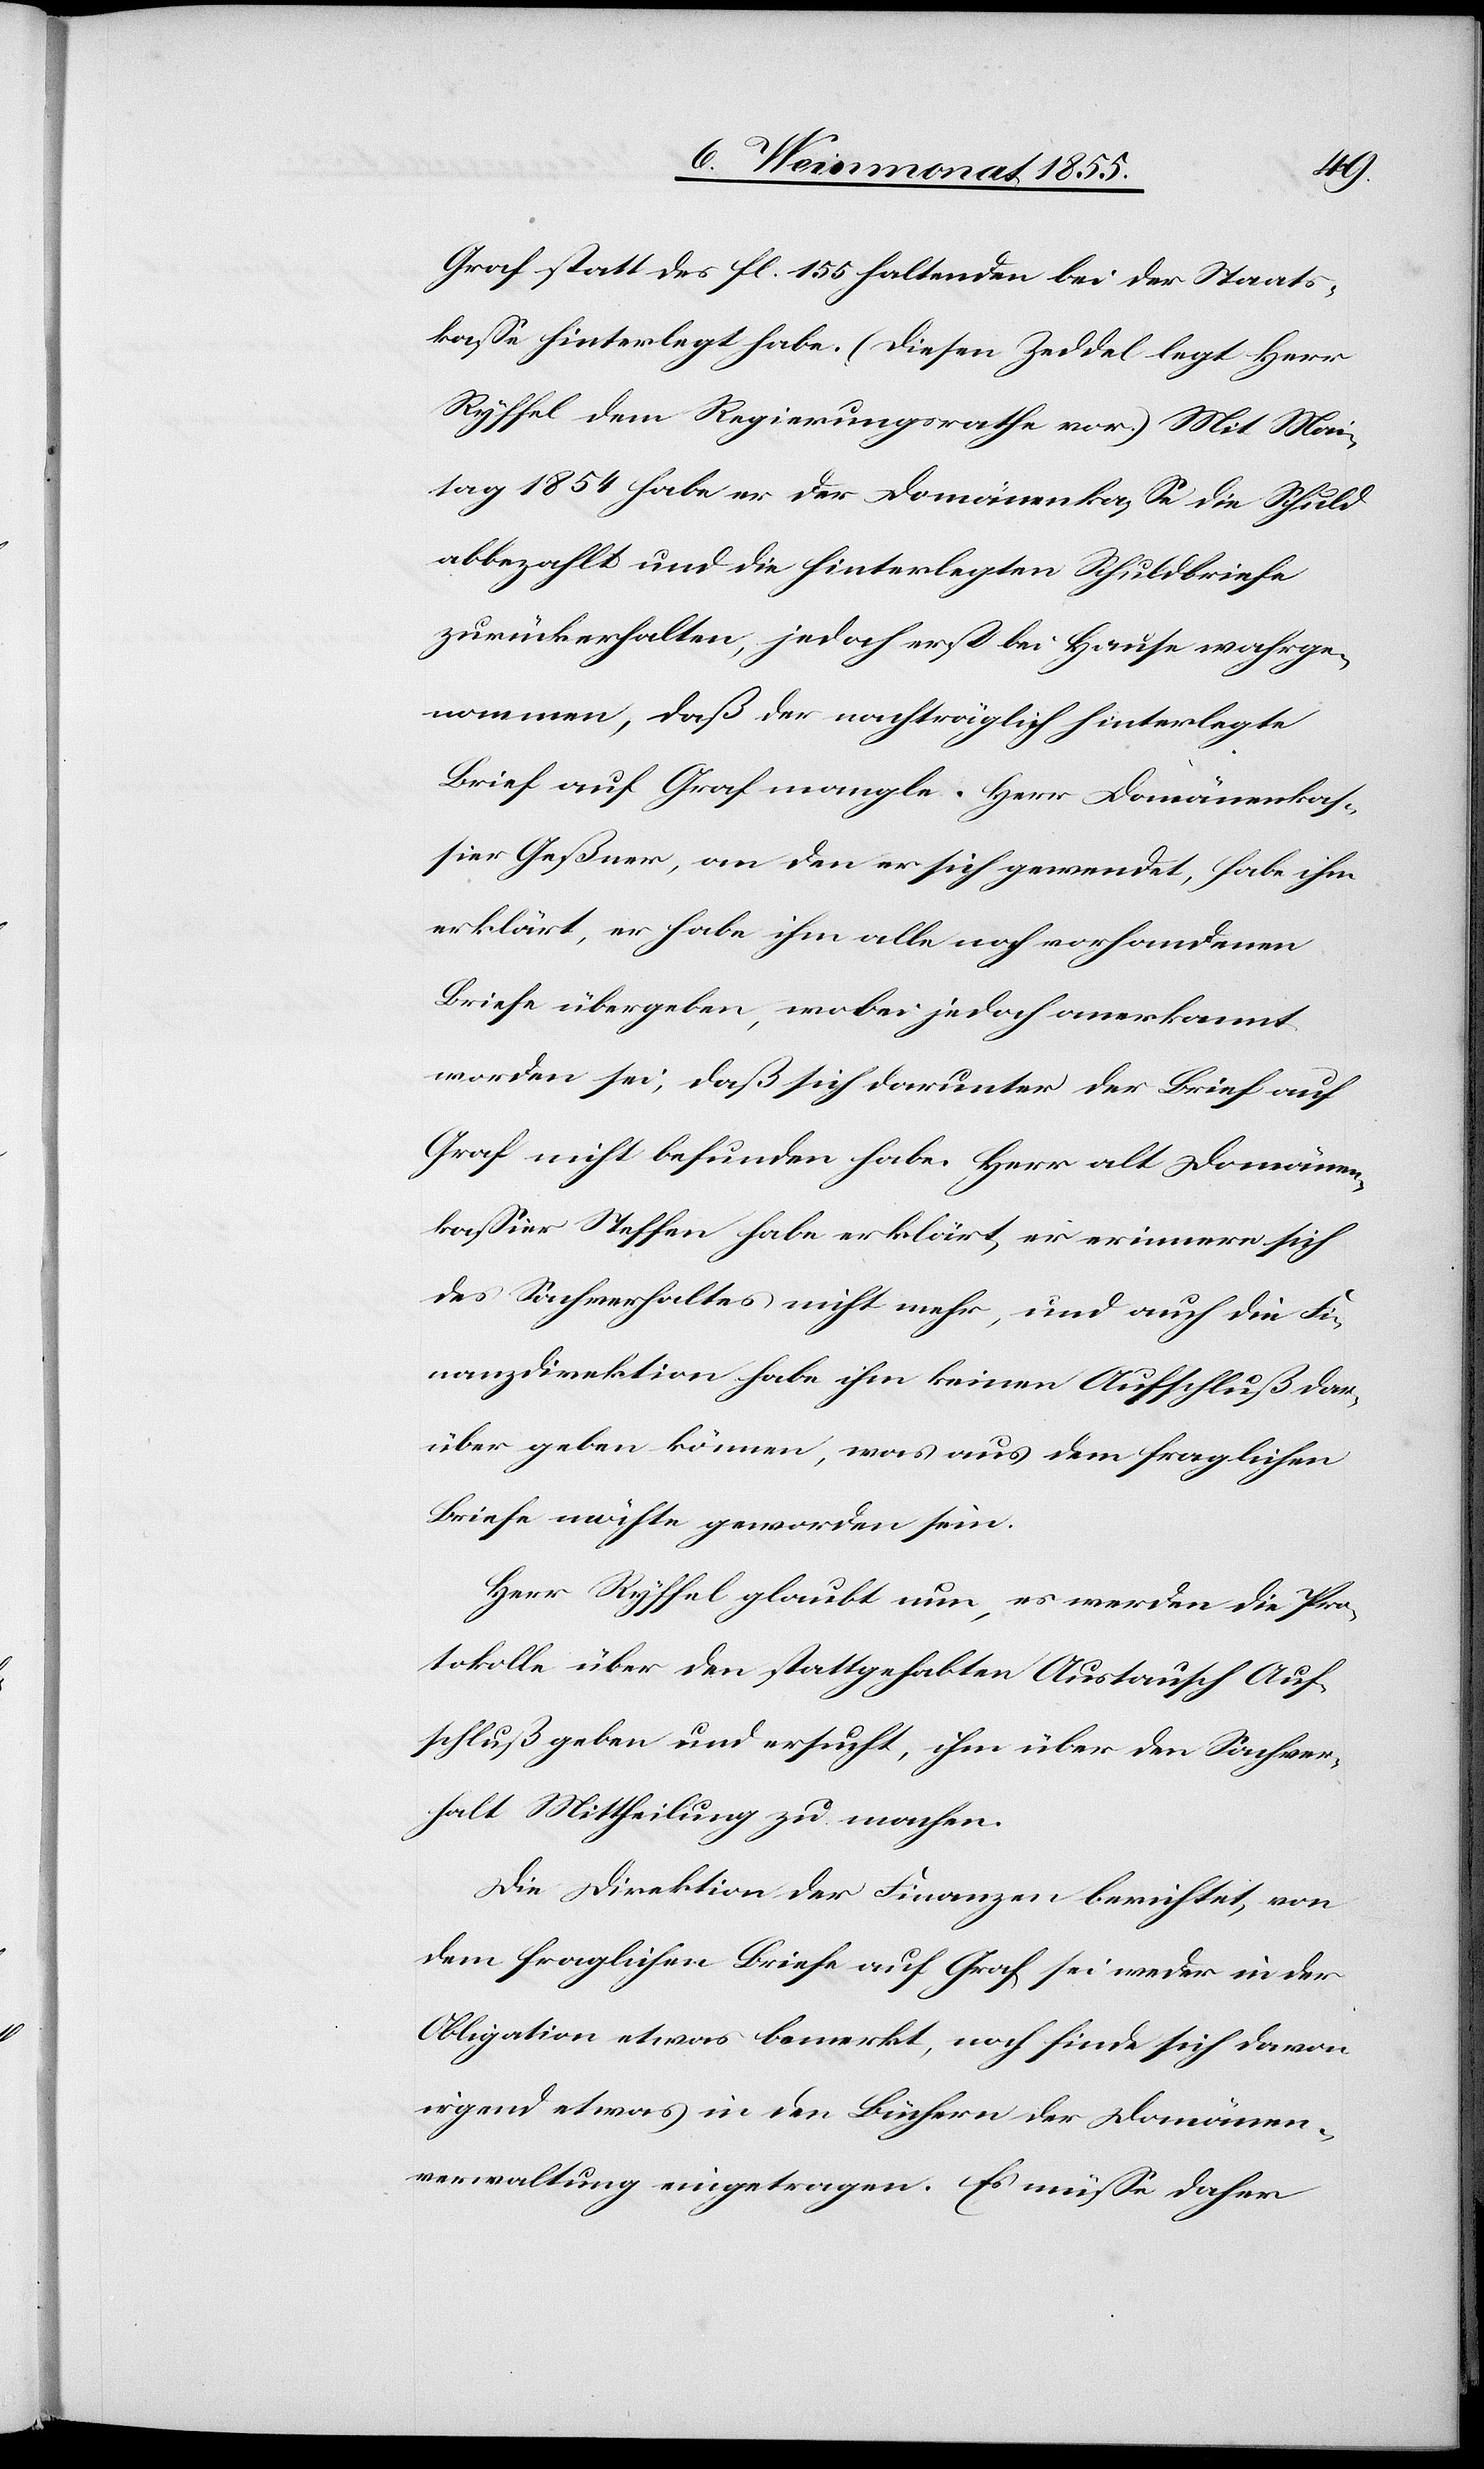
Graf statt des fl. 155 haltenden bei der Staats¬
kasse hinterlegt habe. (Diesen Zeddel legt Herr
Ryffel dem Regierungsrathe vor.) Mit Mai¬
tag 1854 habe er der Domänenkasse die Schuld
abbezahlt und die hinterlegten Schuldbriefe
zurückerhalten, jedoch erst bei Hause wahrge¬
nommen, daß der nachträglich hinterlegte
Brief auf Graf mangle. Herr Domänenkas¬
sier Geßner, an den er sich gewendet, habe ihm
erklärt, er habe ihm alle noch vorhandenen
Briefe übergeben, wobei jedoch anerkannt
worden sei, daß sich darunter der Brief auf
Graf nicht befunden habe. Herr alt Domänen¬
kassier Steffen habe erklärt er erinnere sich
des Sachverhaltes nicht mehr, und auch die Fi¬
nanzdirektion habe ihm keinen Aufschluß dar¬
über geben können, was aus dem fraglichen
Briefe möchte geworden sein.
Herr Ryffel glaubt nun, es werden die Pro¬
tokolle über den stattgehabten Austausch Auf¬
schluß geben und ersucht, ihm über den Sachver¬
halt Mittheilung zu machen.
Die Direktion der Finanzen berichtet, von
dem fraglichen Briefe auf Graf sei weder in der
Obligation etwas bemerkt, noch finde sich davon
irgend etwas in den Büchern der Domänen¬
verwaltung eingetragen. Es müsse daher